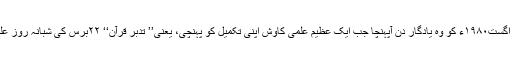
۲۹؍رمضان۱۴۰۰ھ بہ مطابق ۱۲؍ اگست۱۹۸۰ء کو وہ یادگار دن آپہنچا جب ایک عظیم علمی کاوش اپنی تکمیل کو پہنچی، یعنی’’ تدبر قرآن‘‘ ۲۲برس کی شبانہ روز علمی غوروفکر کے بعد مکمل ہوئی۔